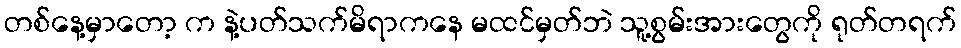
တစ်နေ့မှာတော့ က နဲ့ပတ်သက်မိရာကနေ မထင်မှတ်ဘဲ သူ့စွမ်းအားတွေကို ရုတ်တရက်